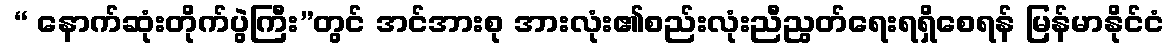
 “ နောက်ဆုံးတိုက်ပွဲကြီး”တွင် အင်အားစု အားလုံး၏စည်းလုံးညီညွတ်ရေးရရှိစေရန် မြန်မာနိုင်ငံ